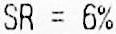
SR = 6%